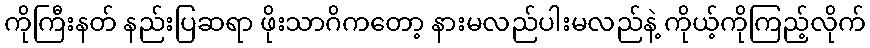
ကိုကြီးနတ် နည်းပြဆရာ ဖိုးသာဂိကတော့ နားမလည်ပါးမလည်နဲ့ ကိုယ့်ကိုကြည့်လိုက်